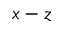
x - z